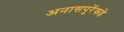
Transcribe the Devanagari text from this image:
अनासपुरेंकडे